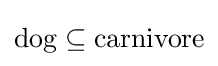
{\text{dog}}\subseteq {\text{carnivore}}